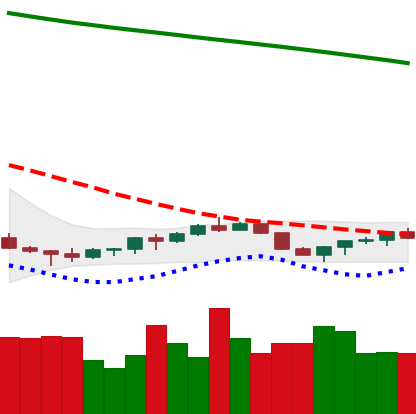
Ticker: EOS-USD
Chart end date: 2022-07-17
Forward return: 19.852%
Label: up_7plus